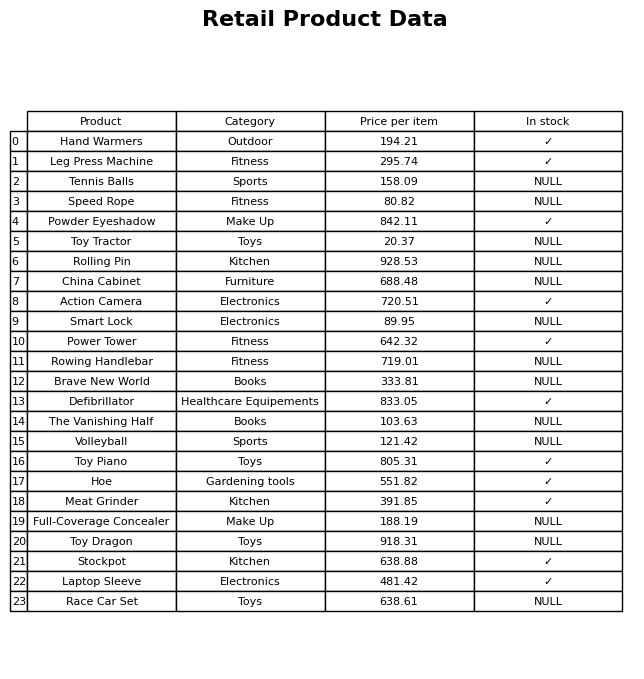
question: What is the price of the Action Camera?
answer: The price of Action Camera is 720.51.